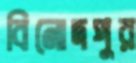
বিনোদপুর